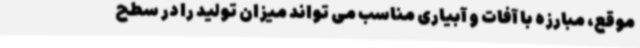
موقع، مبارزه با آفات و آبیاری مناسب می تواند میزان تولید را در سطح